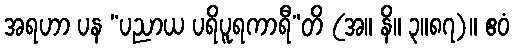
အရဟာ ပန “ပညာယ ပရိပူရကာရီ”တိ (အ။ နိ။ ၃။၈၇)။ ဧဝံ